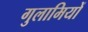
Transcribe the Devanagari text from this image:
गुलामियों